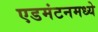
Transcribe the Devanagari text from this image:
एडमंटनमध्ये